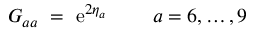
G _ { a a } \ = \ \mathrm { e } ^ { 2 \eta _ { a } } \ \ \ \ \ \mathrm { ~ } \ a = 6 , \ldots , 9